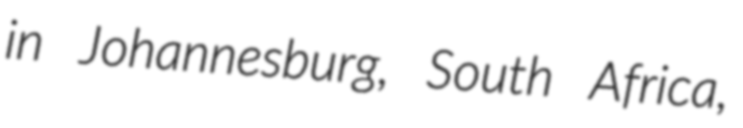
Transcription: in Johannesburg, South Africa,